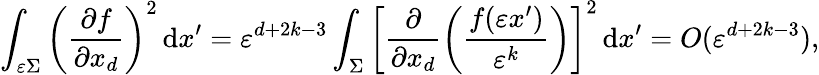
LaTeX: \int_{\varepsilon\Sigma}\left(\frac{\partial f}{\partial{x_{d}}}\right)^{2}\, \mathrm{d}x^{\prime}=\varepsilon^{d+2k-3}\int_{\Sigma}\left[\frac{\partial}{\partial{x_{d}}}\left(\frac{f(\varepsilon x^{\prime})}{\varepsilon^{k}}\right)\right]^{2}\, \mathrm{d}x^{\prime}=O(\varepsilon^{d+2k-3}),